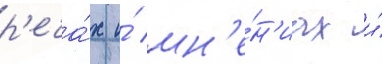
р'еча́х и́ мн'е́н'иах и́